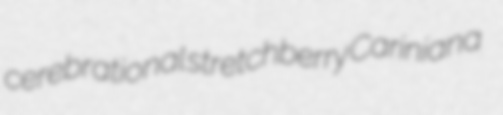
cerebrational stretchberry Cariniana